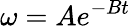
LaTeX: \omega=Ae^{-Bt}